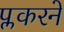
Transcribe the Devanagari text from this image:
प्लकरने